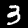
Label: 3